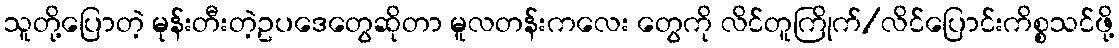
သူတို့ပြောတဲ့ မုန်းတီးတဲ့ဥပဒေတွေဆိုတာ မူလတန်းကလေး တွေကို လိင်တူကြိုက်/လိင်ပြောင်းကိစ္စသင်ဖို့